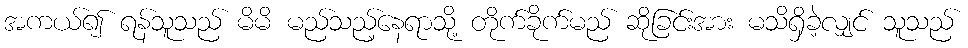
အကယ်၍ ရန်သူသည် မိမိ မည်သည့်နေရာသို့ တိုက်ခိုက်မည် ဆိုခြင်းအား မသိရှိခဲ့လျှင် သူသည်